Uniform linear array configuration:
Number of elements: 8
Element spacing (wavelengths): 0.25
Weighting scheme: kaiser
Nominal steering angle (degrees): -15
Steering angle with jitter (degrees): -13.652
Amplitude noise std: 0.05
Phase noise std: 0.05

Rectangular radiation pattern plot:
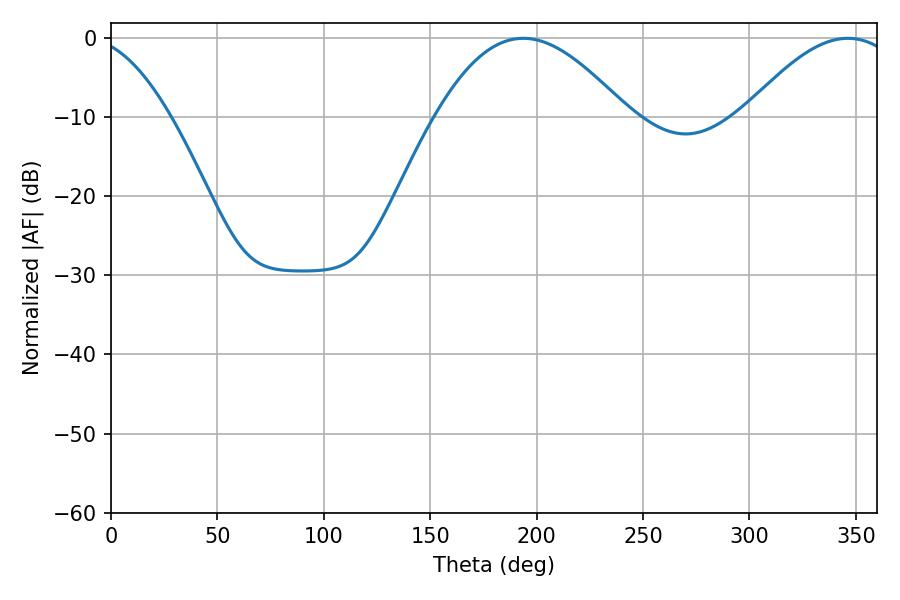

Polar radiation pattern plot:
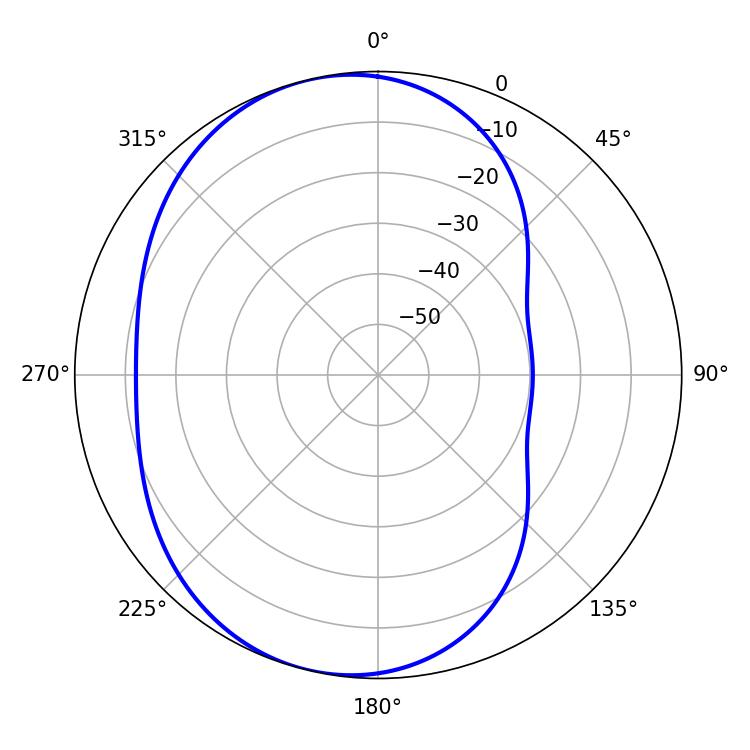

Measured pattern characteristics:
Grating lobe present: FALSE
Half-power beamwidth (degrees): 39.42
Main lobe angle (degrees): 346.32